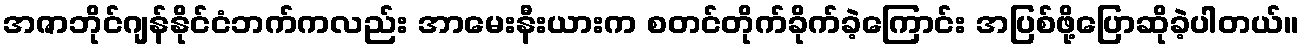
အဇာဘိုင်ဂျန်နိုင်ငံဘက်ကလည်း အာမေးနီးယားက စတင်တိုက်ခိုက်ခဲ့ကြောင်း အပြစ်ဖို့ပြောဆိုခဲ့ပါတယ်။